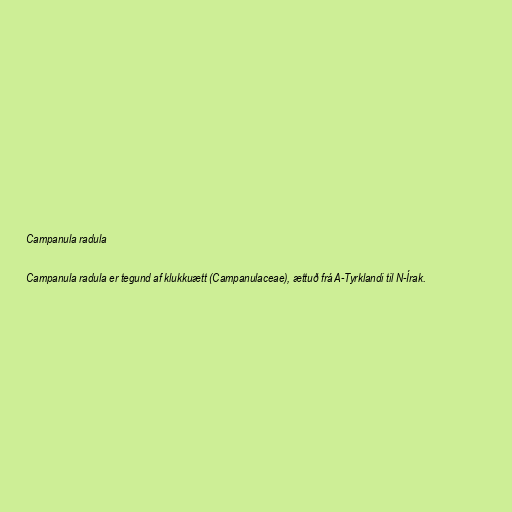
Campanula radula

Campanula radula er tegund af klukkuætt (Campanulaceae), ættuð frá A-Tyrklandi til N-Írak.